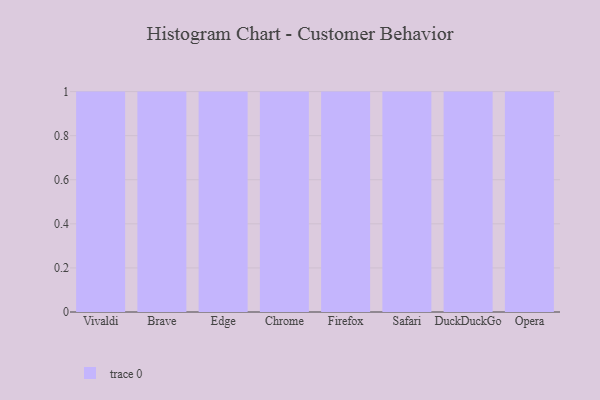
{"axis": {"x": "Browser", "y": "Backlog"}, "legend": [""], "data": [{"x": "Vivaldi", "y": 74, "type": ""}, {"x": "Brave", "y": 29, "type": ""}, {"x": "Edge", "y": 21, "type": ""}, {"x": "Chrome", "y": 20, "type": ""}, {"x": "Firefox", "y": 87, "type": ""}, {"x": "Safari", "y": 49, "type": ""}, {"x": "DuckDuckGo", "y": 10, "type": ""}, {"x": "Opera", "y": 76, "type": ""}]}